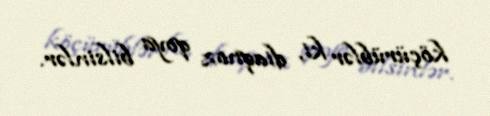
köçürüblər ki, diaqnoz qoya bilsinlər.